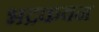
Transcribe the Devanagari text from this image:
भद्रकवन